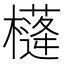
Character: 𣝘